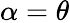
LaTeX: \alpha=\theta